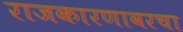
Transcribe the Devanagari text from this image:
राजकारणावरचा